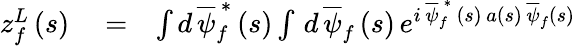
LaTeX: \begin{array}{rlr}{z_{f}^{L}\left(s\right)}&{{}=}&{\int d\, \overline{{\psi}}_{f}^{\, \ast}\left(s\right)\int\, d\, \overline{{\psi}}_{f}\left(s\right)\, e^{i\, \overline{{\psi}}_{f}^{\, \ast}\, \left(s\right)\, a\left(s\right)\, \overline{{\psi}}_{f}\left(s\right)}}\end{array}